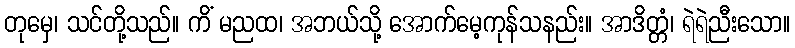
တုမှေ၊ သင်တို့သည်။ ကိံ မညထ၊ အဘယ်သို့ အောက်မေ့ကုန်သနည်း။ အာဒိတ္တံ၊ ရဲရဲညီးသော။